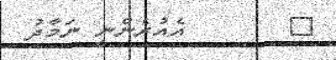
٣       އެއުރެންނީ ނަމާދު